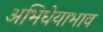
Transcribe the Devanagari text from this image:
अभिधेयाभाव